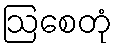
ဩစေတုံ